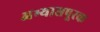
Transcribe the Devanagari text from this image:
अभ्यासपूरक